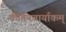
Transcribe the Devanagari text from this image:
कीर्तनचार्याकम्‌